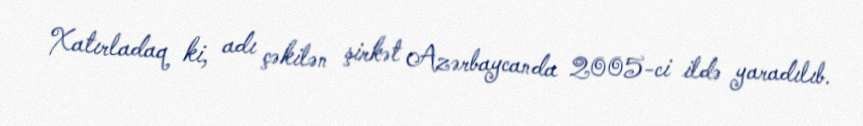
Xatırladaq ki, adı çəkilən şirkət Azərbaycanda 2005-ci ildə yaradılıb.